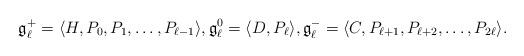
LaTeX: \begin{gather*}{\mathfrak g}_{\ell}^+ = \langle H, P_0, P_1, \dots, P_{\ell-1} \rangle,{\mathfrak g}_{\ell}^0 = \langle D, P_{\ell} \rangle,{\mathfrak g}_{\ell}^- = \langle C, P_{\ell+1}, P_{\ell+2}, \dots, P_{2\ell} \rangle.\end{gather*}